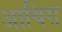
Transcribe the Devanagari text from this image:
आचिरा